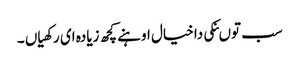
سب توںنکی دا خیال اوہنے کچھ زیادہ ای رکھیاں ۔